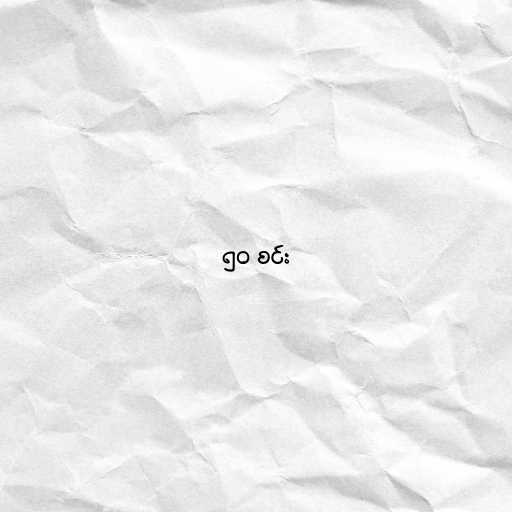
၅၀ စင်း